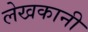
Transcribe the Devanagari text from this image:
लेखकानी